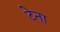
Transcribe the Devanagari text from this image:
टेना